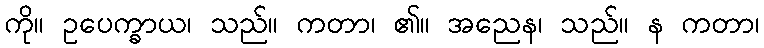
ကို။ ဥပေက္ခာယ၊ သည်။ ကတာ၊ ၏။ အညေန၊ သည်။ န ကတာ၊